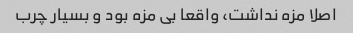
اصلا مزه نداشت، واقعا بی مزه بود و بسیار چرب